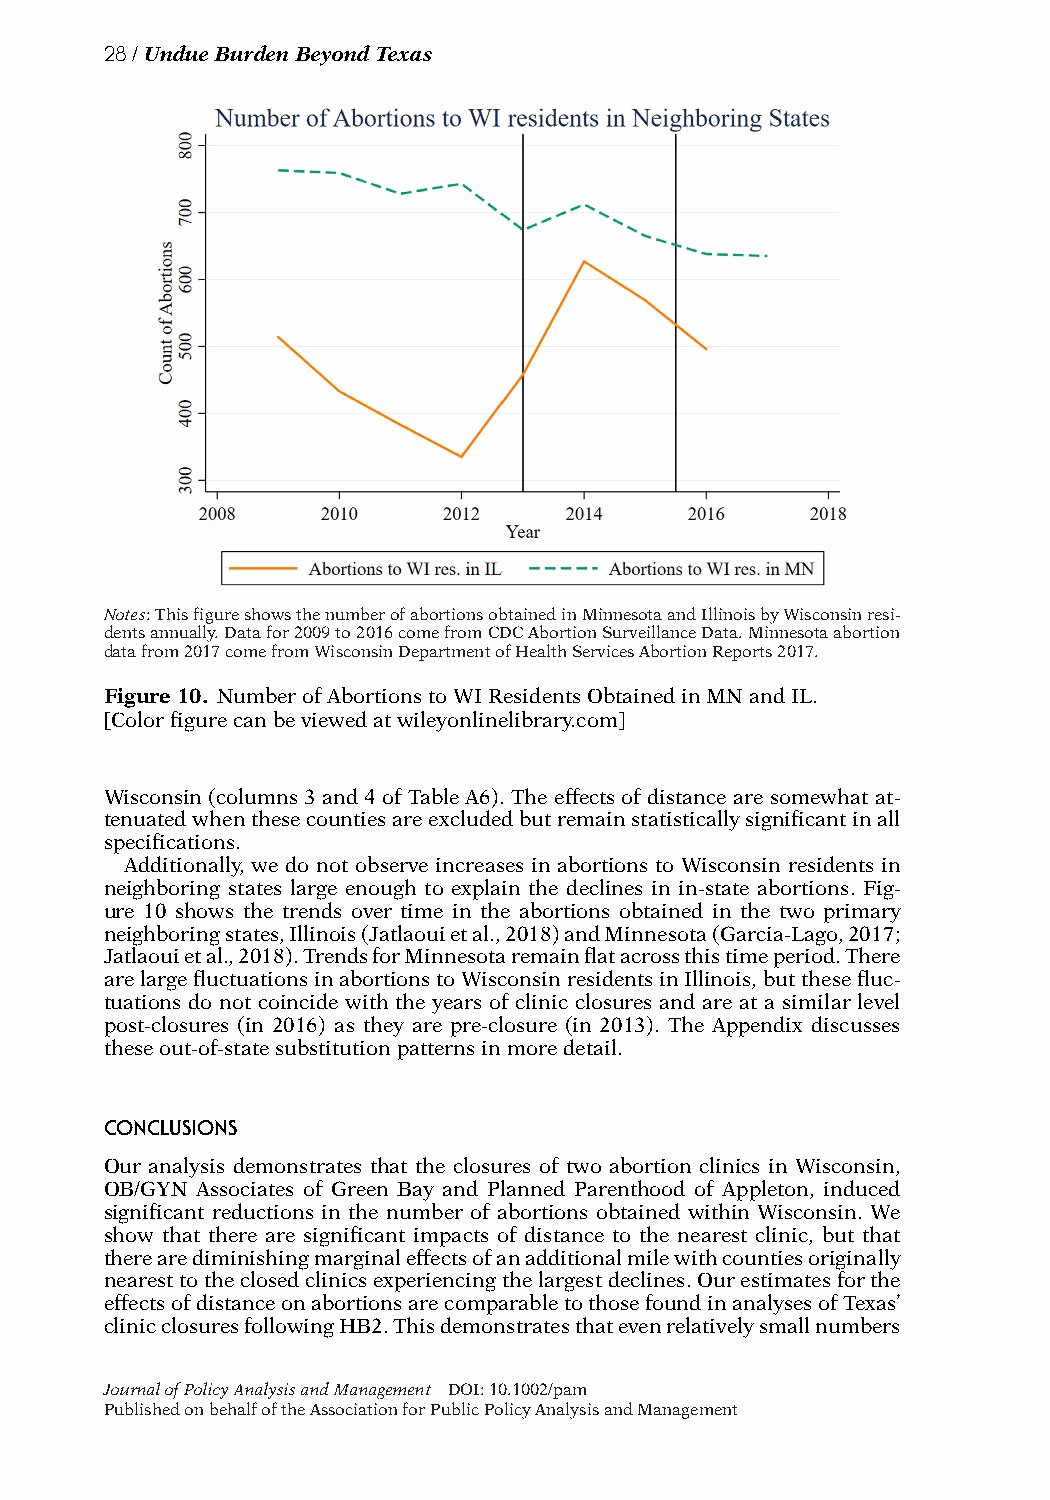
28/UndueBurdenBeyondTexas
 Notes:ThisfigureshowsthenumberofabortionsobtainedinMinnesotaandIllinoisbyWisconsinresi-
 dentsannually.Datafor2009to2016comefromCDCAbortionSurveillanceData.Minnesotaabortion
 datafrom2017comefromWisconsinDepartmentofHealthServicesAbortionReports2017.
 Figure10. NumberofAbortionstoWIResidentsObtainedinMNandIL.
 [Colorfigurecanbeviewedatwileyonlinelibrary.com]
 Wisconsin (columns 3and 4 ofTable A6).The effects ofdistance are somewhat at-
 tenuatedwhenthesecountiesareexcludedbutremainstatisticallysignificantinall
 specifications.
 Additionally, we do not observe increases in abortions to Wisconsin residents in
 neighboring states large enough to explain the declines in in-state abortions. Fig-
 ure 10 shows the trends over time in the abortions obtained in the two primary
 neighboringstates,Illinois(Jatlaouietal.,2018)andMinnesota(Garcia-Lago,2017;
 Jatlaouietal.,2018).TrendsforMinnesotaremainflatacrossthistimeperiod.There
 arelargefluctuationsinabortionstoWisconsinresidentsinIllinois,butthesefluc-
 tuations do not coincide with the years of clinic closures and are at a similar level
 post-closures (in 2016) as they are pre-closure (in 2013). The Appendix discusses
 theseout-of-statesubstitutionpatternsinmoredetail.
 CONCLUSIONS
 Our analysis demonstrates that the closures of two abortion clinics in Wisconsin,
 OB/GYN Associates of Green Bay and Planned Parenthood of Appleton, induced
 significant reductions in the number of abortions obtained within Wisconsin. We
 show that there are significant impacts of distance to the nearest clinic, but that
 therearediminishingmarginaleffectsofanadditionalmilewithcountiesoriginally
 nearesttotheclosedclinicsexperiencingthelargestdeclines.Ourestimatesforthe
 effectsofdistanceonabortionsarecomparabletothosefoundinanalysesofTexas’
 clinicclosuresfollowingHB2.Thisdemonstratesthatevenrelativelysmallnumbers
 JournalofPolicyAnalysisandManagement DOI:10.1002/pam
 PublishedonbehalfoftheAssociationforPublicPolicyAnalysisandManagement